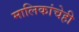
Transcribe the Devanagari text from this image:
मालिकांचेही